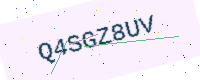
Text: Q4SGZ8UV